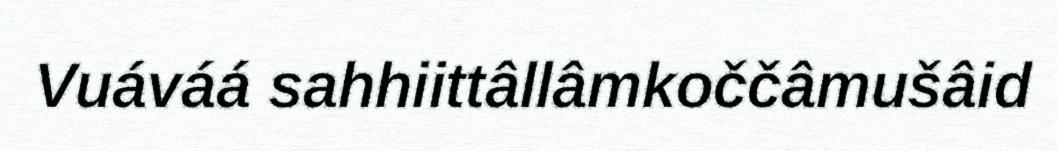
Vuáváá sahhiittâllâmkoččâmušâid